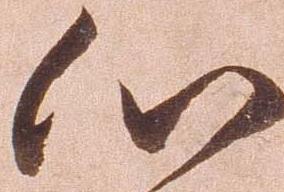
心